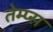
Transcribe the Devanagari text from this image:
तेम्प्स